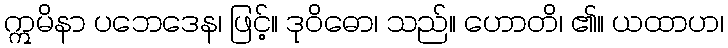
ဣမိနာ ပဘေဒေန၊ ဖြင့်။ ဒုဝိဓော၊ သည်။ ဟောတိ၊ ၏။ ယထာဟ၊